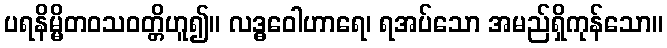
ပရနိမ္မိတဝသဝတ္တိဟူ၍။ လဒ္ဓဝေါဟာရေ၊ ရအပ်သော အမည်ရှိကုန်သော။